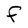
Character: F